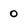
Character: 0